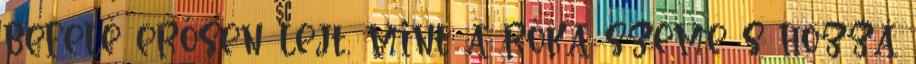
befelé erősen lejt, mint a róka szeme s hozzá